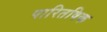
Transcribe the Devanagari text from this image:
पारितषिक